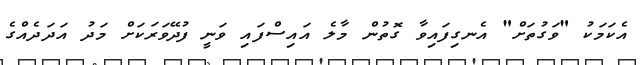
އެކަމަކު "ވަގުތަށް" އެނގިފައިވާ ގޮތުން މާލެ އައިސްފައި ވަނީ ފުދޭވަރަކަށް މަދު އަދަދެއްގެ